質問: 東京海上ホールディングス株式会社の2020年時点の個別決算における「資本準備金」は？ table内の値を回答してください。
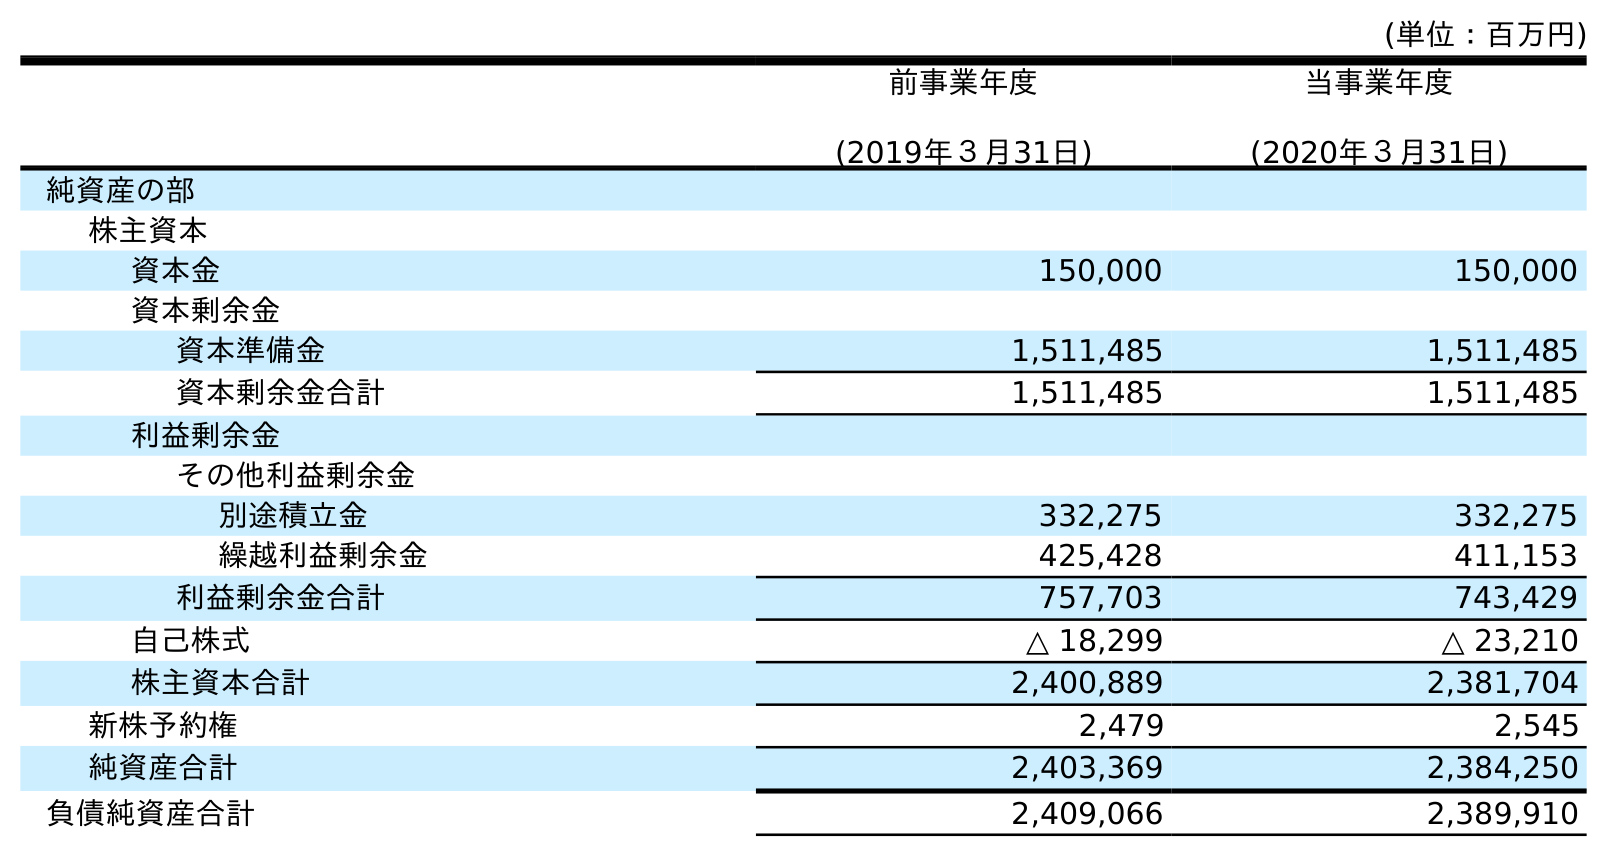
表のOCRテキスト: (単位：百万円) 前事業年度 (2019年３月31日) 当事業年度 (2020年３月31日) 純資産の部 株主資本 資本金 150,000 150,000 資本剰余金 資本準備金 1,511,485 1,511,485 資本剰余金合計 1,511,485 1,511,485 利益剰余金 その他利益剰余金 別途積立金 332,275 332,275 繰越利益剰余金 425,428 411,153 利益剰余金合計 757,703 743,429 自己株式 △ 18,299 △ 23,210 株主資本合計 2,400,889 2,381,704 新株予約権 2,479 2,545 純資産合計 2,403,369 2,384,250 負債純資産合計 2,409,066 2,389,910
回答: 1,511,485